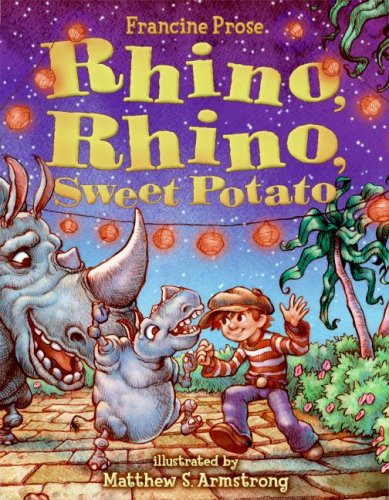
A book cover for Rhino, Rhino, Sweet Potato; Francine Prose; Cookbooks, Food & Wine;